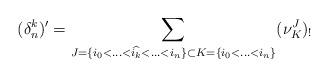
LaTeX: \begin{align*}(\delta_n^k)'= \sum_{J=\{i_0<\hdots<\widehat{i_k}<\hdots<i_n\} \subset K=\{i_0<\hdots<i_n\} }(\nu_{K}^J)_!\end{align*}